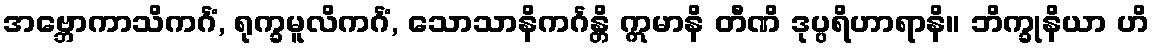
အဗ္ဘောကာသိကင်္ဂံ, ရုက္ခမူလိကင်္ဂံ, သောသာနိကင်္ဂန္တိ ဣမာနိ တီဏိ ဒုပ္ပရိဟာရာနိ။ ဘိက္ခုနိယာ ဟိ